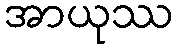
အာယုဿ